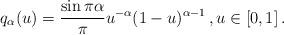
LaTeX: \begin{align*}q_\alpha (u) = \frac{\sin \pi \alpha}{\pi} u ^{-\alpha} (1-u)^{\alpha -1 }\,,u \in [0,1]\,.\end{align*}